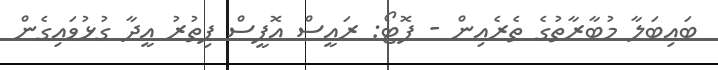
ބައިބަލާ މުބާރާތުގެ ތެރެއިން - ފޮޓޯ: ރައީސް އޮފީސް ފިތުރު އީދާ ގުޅުވައިގެން